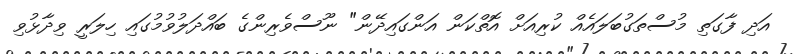
އަދި ފާގަތި މުސްތަގުބަލައެއް ކުރިއަށް އޮތްކަން އަންގައިދޭން" ނޫސްވެރިންގެ ބައްދަލުވުމުގައި ހިލަރީ ވިދާޅުވި